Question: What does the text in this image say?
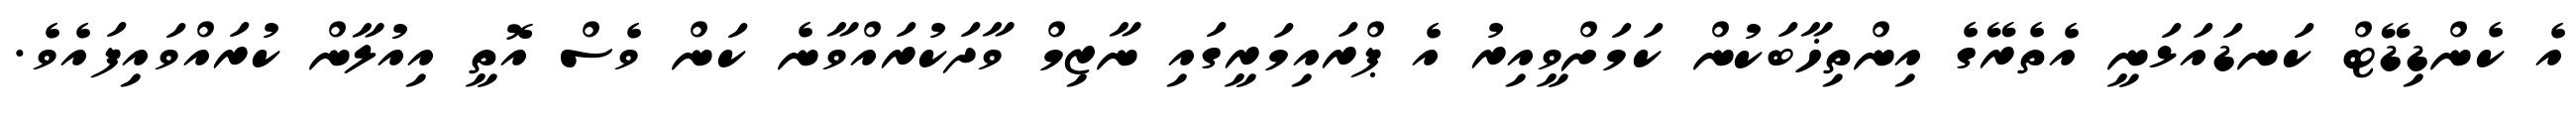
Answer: އެ ކެންޑިޑޭޓް ކަނޑައަޅަނީ އެތެރޭގެ އިންތިޚާބަކުން ކަމަށްވީއިރު އެ ޕްރައިމަރީގައި ނާޒިމް ވާދަކުރައްވާނެ ކަން ވެސް އޮތީ އިއުލާން ކުރައްވައިފައެވެ.